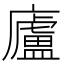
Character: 廬